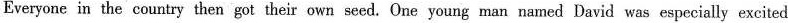
Everyone in the country then got their own seed. One young man named David was especially excited